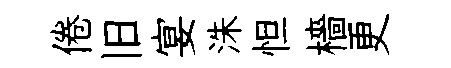
倦旧宴洙怛檣更